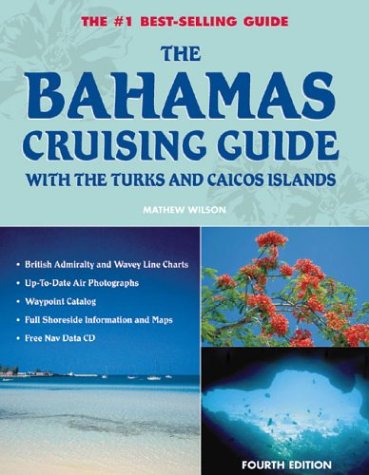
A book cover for The Bahamas Cruising Guide: With the Turks and Caicos Islands; Mathew Wilson; Travel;